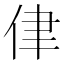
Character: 侓